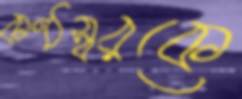
কণ্ঠস্বরকে